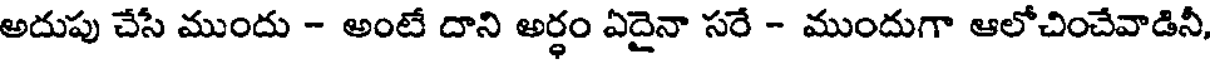
అదుపు చేసే ముందు - అంటే దాని అర్ధం ఏదైనా సరే - ముందుగా ఆలోచించేవాడినీ